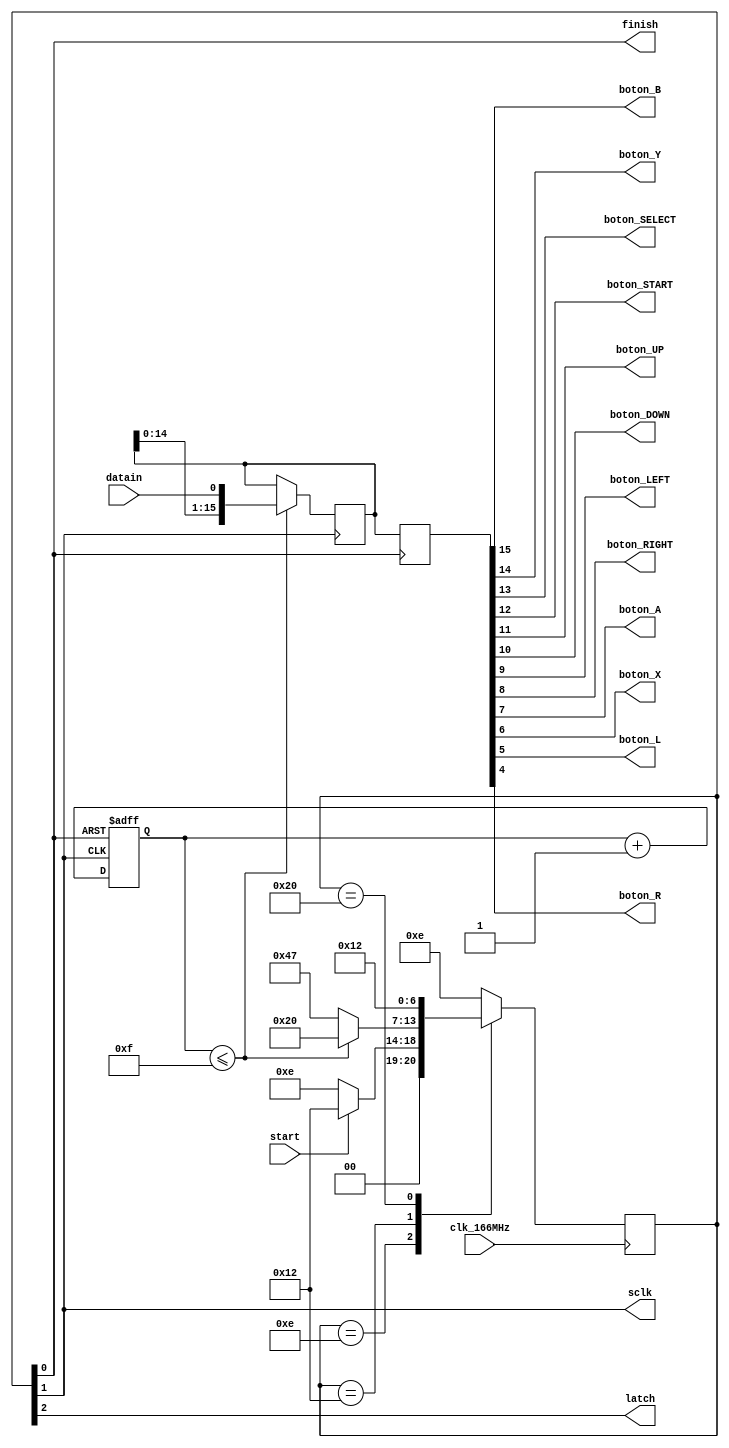

 
// SNES Controller MODULE
// Written by Fabio Andres Hernandez Rueda
// ECE 31289 UPB
// Year 2014
// https://sites.google.com/site/ece31289upb

module snes_controller(
			   clk_166MHz, // FSM clk
			   sclk, //  SNES Clk
			   latch, // SNES Latch
			   datain, // SNES data
			   start, // FSM start
			   finish, // FSM finish
			   boton_B, 
			   boton_Y,
			   boton_SELECT,
			   boton_START,
			   boton_UP,
			   boton_DOWN,
			   boton_LEFT,
			   boton_RIGHT,
			   boton_A,
			   boton_X,
			   boton_L,
			   boton_R);

 //reloj de la maquina de estados
input datain; // datos que envia el control
input start;  // seal de start
output sclk;  // reloj que se envia al control
output latch; // seal de latch
input  clk_166MHz;
output finish; // salida que indica que se han tomado los datos
output  boton_B;
output  boton_Y;
output  boton_SELECT;
output  boton_START;
output  boton_UP;
output  boton_DOWN;
output  boton_LEFT;
output  boton_RIGHT;
output  boton_A; 
output  boton_X;
output  boton_L; 
output  boton_R;



localparam idle   = 7'b 0001_1_1_0; 
localparam second = 7'b 0010_0_1_0;
localparam third  = 7'b 0100_0_0_0;
localparam fourth = 7'b 1000_1_1_1;

reg [6:0] state = idle;  /// inicia registro estado idle
reg [4:0] counter = 5'd0;  /// conteo de 0 a 15
reg [11:0] Data_IN;
reg [2:0] ADDR;
reg [15:0]data;

reg [15:0]botones;


wire finish; // salida que indica que se han tomado los datos

			 
assign sclk = state[1]; // sclk es el bit uno del estado
assign finish = state[0]; // stado fourth=1
assign latch = state[2]; //stado third=1



always @ (posedge clk_166MHz) //el reloj principal controla el cambio de estados
begin
   
	        case (state)
			
			idle: 
			begin
			      if (!start)
				  begin
				  state[6:0]<=idle;
				  end
				  else
				  begin
				  state[6:0]<=second; // cuando la seal de start da inicio, se pasa al estado second
				  end
			end
			
			second:
			begin
			      if (counter<=5'd15) // del estado second si no se ha llegado al final pasa al tercer estado
				  begin
				  state[6:0]<=third;
				  end
				  else
				  begin
				  state[6:0]<=fourth; // si se llego al final se pasa al estado final
				  end
			end
			
			third:
			begin
			     state[6:0]<=second;		 // se devuelve al estado dos	
			end
			
			fourth:
			begin 
			     state[6:0]<=idle;  // al llegar al estado final, se resetea la fsm
			end
			
			default:
			begin
			     state[6:0]<=idle;
			end
			
			endcase
			
	  end
	      
	  
	  




always @ (posedge sclk, posedge finish)
begin
      
	       if (finish)
		   begin 
		   counter[4:0] <= 5'd0; // si se llega a finish se reinicia el contador
		   end
		   else
		   begin
		   counter[4:0] <= counter[4:0]+1'b1; // si no se suma uno
		   end
	  end


				
always @ (posedge sclk)
begin
     
	  if(counter<=15)
	  begin 
	  data[15:0] <= {data[14:0],datain}; //hasta el ciclo doce se toman datos
	  end
end

always @(posedge finish)
begin
	botones<=data;
end

assign  boton_B=botones[15];
assign  boton_Y=botones[14];
assign  boton_SELECT=botones[13];
assign  boton_START=botones[12];
assign  boton_UP=botones[11];
assign  boton_DOWN=botones[10];
assign  boton_LEFT=botones[9];
assign  boton_RIGHT=botones[8];
assign  boton_A=botones[7]; 
assign  boton_X=botones[6];
assign  boton_L=botones[5]; 
assign  boton_R=botones[4];

endmodule